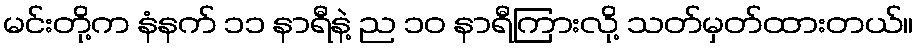
မင်းတို့က နံနက် ၁၁ နာရီနဲ့ ည ၁၀ နာရီကြားလို့ သတ်မှတ်ထားတယ်။